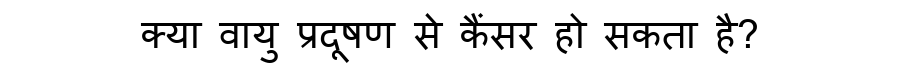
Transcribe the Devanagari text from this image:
क्या वायु प्रदूषण से कैंसर हो सकता है?